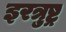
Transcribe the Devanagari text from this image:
इरत्रुष्ट्र